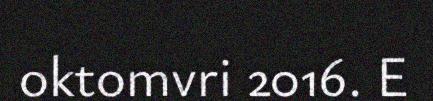
oktomvri 2016. E